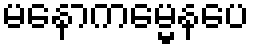
မနောကမ္မေနပေ